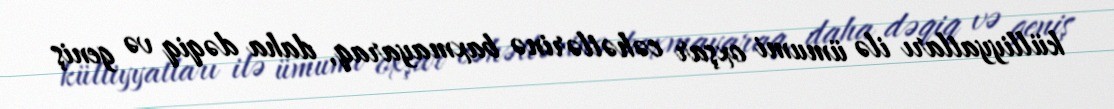
külliyyatları ilə ümumi oxşar cəhətlərinə baxmayaraq, daha dəqiq və geniş